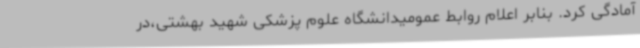
آمادگی کرد. بنابر اعلام روابط عمومیدانشگاه علوم پزشکی شهید بهشتی،در